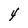
Character: 4